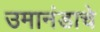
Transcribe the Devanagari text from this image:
उमानंडाचे